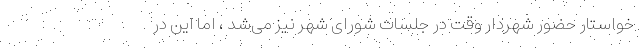
خواستار حضور شهردار وقت در جلسات شورای شهر نیز می‌شد ، اما این در